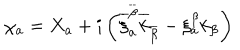
\chi _ { a } = X _ { a } + i \left( \overline { { { \xi } } } _ { a } ^ { \overline { { { \beta } } } } \overline { { { k } } } _ { \overline { { { \beta } } } } - \xi _ { a } ^ { \beta } k _ { \beta } \right)